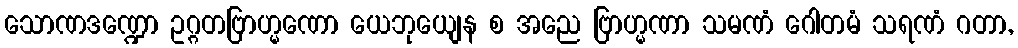
သောဏဒဏ္ဍော ဥဂ္ဂတဗြာဟ္မဏော ယေဘုယျေန စ အညေ ဗြာဟ္မဏာ သမဏံ ဂေါတမံ သရဏံ ဂတာ,